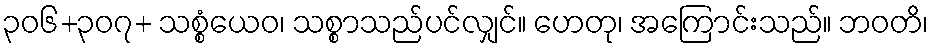
၃၀၆+၃၀၇+ သစ္စံယေဝ၊ သစ္စာသည်ပင်လျှင်။ ဟေတု၊ အကြောင်းသည်။ ဘဝတိ၊